Civil Veterinary Department. Madras. Admin. report 1926-33 - 1926-1933
Year: 1926
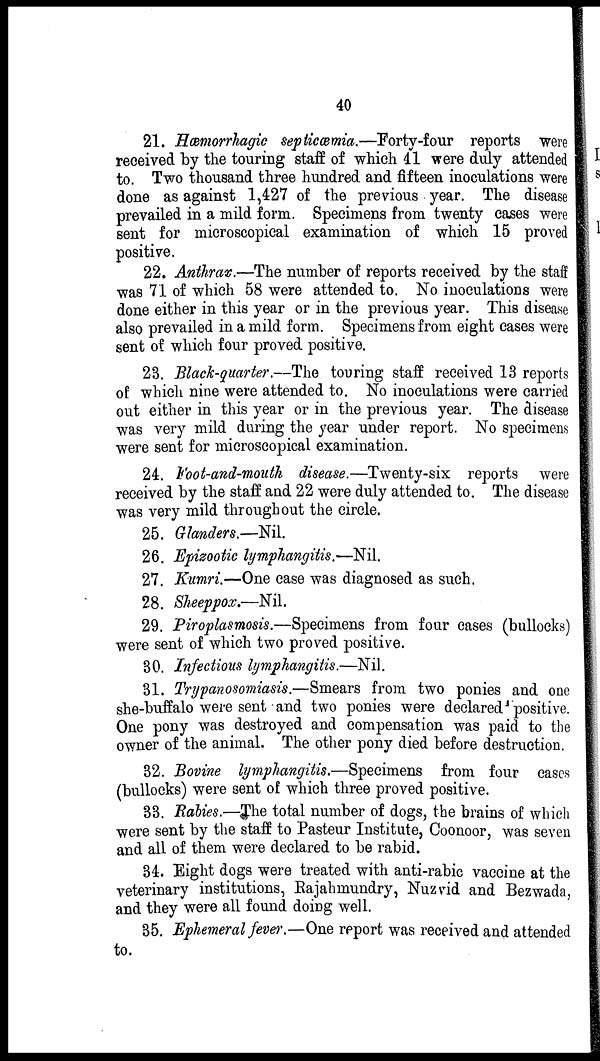
40
21. Hæmorrhagic septicæmia.—Forty-four reports were
received by the touring staff of which 41 were duly attended
to. Two thousand three hundred and fifteen inoculations were
done as against 1,427 of the previous year. The disease
prevailed in a mild form. Specimens from twenty cases were
sent for microscopical examination of which 15 proved
positive.
22. Anthrax.—The number of reports received by the staff
was 71 of which 58 were attended to. No inoculations were
done either in this year or in the previous year. This disease
also prevailed in a mild form. Specimens from eight cases were
sent of which four proved positive.
23. Black-quarter.--The touring staff received 13 reports
of which nine were attended to. No inoculations were carried
out either in this year or in the previous year. The disease
was very mild during the year under report. No specimens
were sent for microscopical examination.
24. Foot-and-mouth disease.—Twenty-six reports were
received by the staff and 22 were duly attended to. The disease
was very mild throughout the circle.
25. Glanders.—Nil.
26. Epizootic lymphangitis.—Nil.
27. Kumri.—One case was diagnosed as such.
28. Sheeppox.—Nil.
29. Piroplasmosis.—Specimens from four cases (bullocks)
were sent of which two proved positive.
30. Infectious lymphangitis.—Nil.
31. Trypanosomiasis.—Smears from two ponies and one
she-buffalo were sent and two ponies were declared positive.
One pony was destroyed and compensation was paid to the
owner of the animal. The other pony died before destruction.
32. Bovine lymphangitis.—Specimens from four cases
(bullocks) were sent of which three proved positive.
33. Rabies.—The total number of dogs, the brains of which
were sent by the staff to Pasteur Institute, Coonoor, was seven
and all of them were declared to be rabid.
34. Eight dogs were treated with anti-rabic vaccine at the
veterinary institutions, Rajahmundry, Nuzvid and Bezwada,
and they were all found doing well.
35. Ephemeral fever.—One report was received and attended
to.